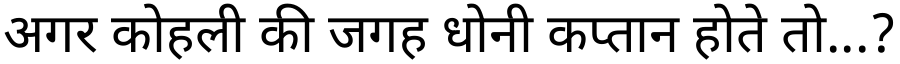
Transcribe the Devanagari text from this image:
अगर कोहली की जगह धोनी कप्तान होते तो...?